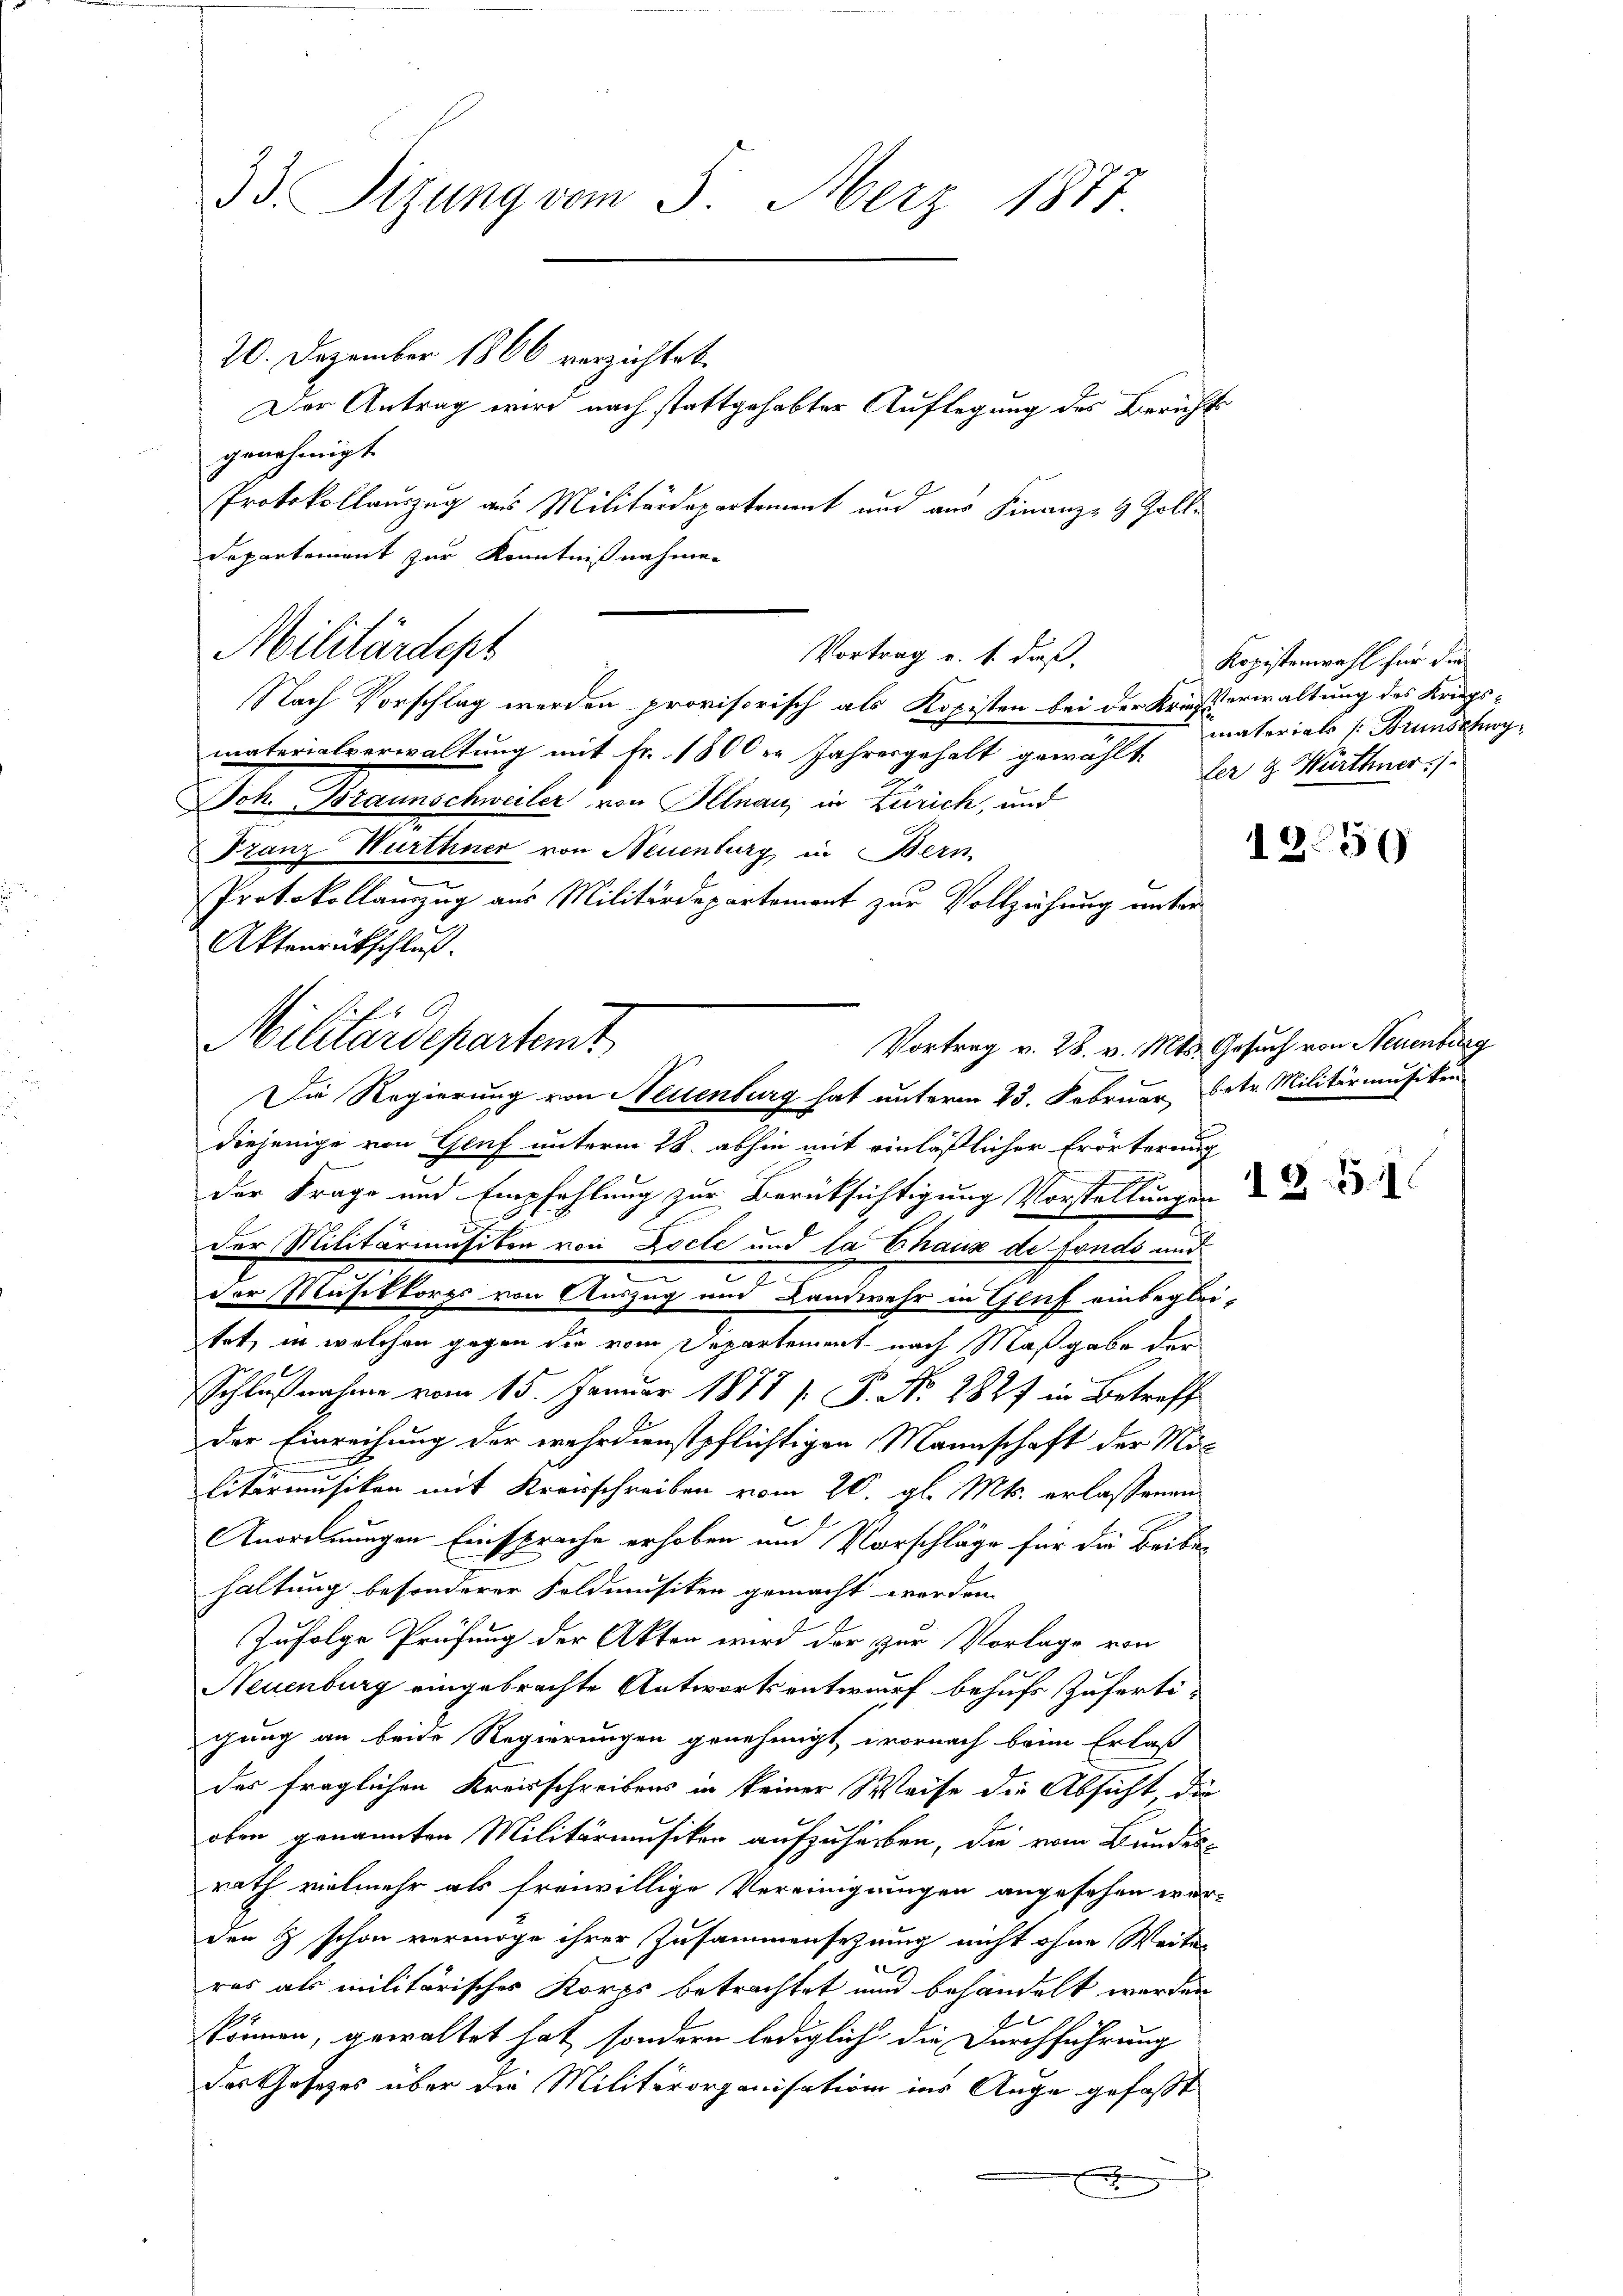
33. Sitzung vom 3. Merz 1877
20. Dezember 1866 verzichtet.
Der Antrag wird nach stattgehabter Auflegung des Bericht
genehmigt.

¬
Protokollauszug aus Militärdepartement und aus Finanz- & Zoll¬
Nach Vorschlag werden provisorisch als Kopisten bei der Kriesterwaltung des Kriegs
materialverwaltung mit Fr. 1800 er Jahresgehalt gewählte
Joh. Braunschweiler von Illnau, in Zürich, und
Franz Wurthner von Neuenburg in Bern,
u
Protokollauszug aus Militärdepartement zur Vollziehung unter
Aktenrütschluß.
diejenige von Genf unterm 28. abhin mit einläßlicher Erörterung
der Frage und Empfehlung zur Berücksichtigung Vorstellungen in d
der Militärumsiten von Docte und la Chaux de fonds und
der Musikkorps von Auszug und Landwehr in Gluf einbegleitet, in welchen gegen die vom Departement nach Maßgabe der
Schlußnahme vom 15. Januar 1877 s. P. No. 2827 in Betreffe
der Einreihung der wehrdienstpflichtigen Mannschaft der Militärmusiken mit Kronschreiben vom 20. gl. Mts. erlassenen
Anordnungen Einsprache erhoben und Vorschläge für die Beibehaltung besonderer Feldmusiken gemacht worden.
Zufolge Prüfung der Akten wird der zur Vorlage von
Neuenburg eingebrachte Antwortsentwurf behufs Zufertigung an beide Regierungen genehmigt, wornach beim Erlaß
des fraglichen Kreisschreibens in keiner Weise die Absicht, die
oben genannten Militärmusiken aufzuharben, die vom Bundesrath vielmehr als freiwillige Vereinigungen angesehen wor-
den & schon vermöge ihrer Zusammensetzung nicht ohne Weiter
e
res als militärisches Korps betrachtet nun behandelt werden
können, gewaltet hat, sondern lediglich die Durchführung
das Gesetzes über die Militärorganisation ins Auge gefaßt
x

Departement zur Kenntnißnahmen
Militärdept
Vortrag u. s. daß

Militärdepartemt
Vortrag v. 28. v. Mts. Gesuch von Neuenburg
Die Regierung von Neuenburg hat unterm 23. Februar, betr. Militärmusiker

Kopistenwahl für die
materials Brunschwy
ler & Würthner

12059